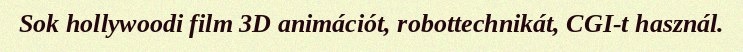
Sok hollywoodi film 3D animációt, robottechnikát, CGI-t használ.